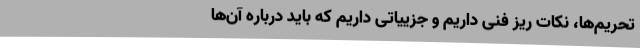
تحریم‌ها، نکات ریز فنی داریم و جزییاتی داریم که باید درباره آن‌ها